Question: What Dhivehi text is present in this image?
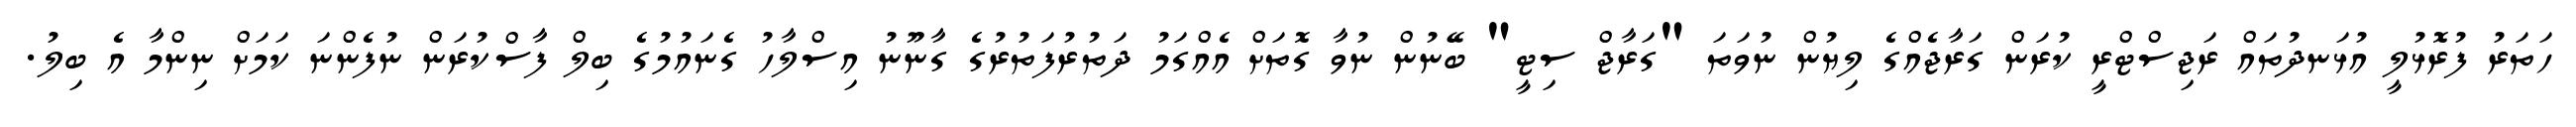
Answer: ހަތަރު ފުރޮޅުލީ އުޅަނދުތައް ރަޖިސްޓްރީ ކުރަން ގަރާޖެއްގެ ލިޔުން ނުވަތަ "ގަރާޖް ސިޓީ" ބޭނުން ނުވާ ގޮތަށް އެއްގަމު ދަތުރުފަތުރުގެ ގާނޫނު އިސްލާހު ގެނައުމުގެ ބިލް ފާސްކުރަން ނުފެންނަ ކަމަށް ނިންމާ އެ ބިލު.